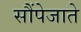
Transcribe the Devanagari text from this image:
सौंपेजाते